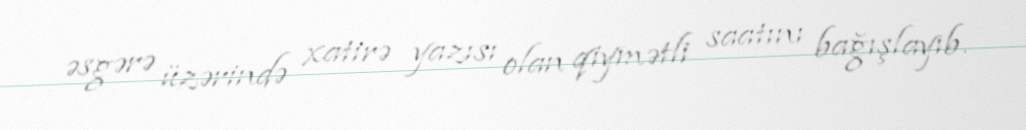
əsgərə üzərində xatirə yazısı olan qiymətli saatını bağışlayıb.